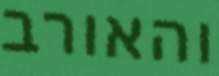
והאורב